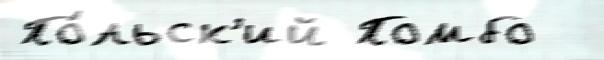
По́льск'ий Помбо